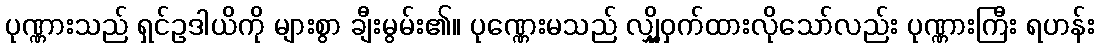
ပုဏ္ဏားသည် ရှင်ဥဒါယိကို များစွာ ချီးမွမ်း၏။ ပုဏ္ဏေးမသည် လျှို့ဝှက်ထားလိုသော်လည်း ပုဏ္ဏားကြီး ရဟန်း